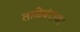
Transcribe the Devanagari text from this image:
ताळेबंदावर